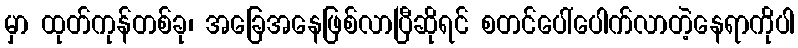
မှာ ထုတ်ကုန်တစ်ခု၊ အခြေအနေဖြစ်လာပြီဆိုရင် စတင်ပေါ်ပေါက်လာတဲ့နေရာကိုပါ